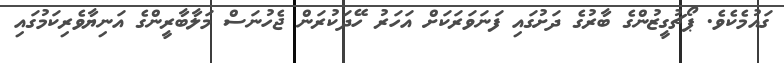
ގައުމެކެވެ. ޕޯޗުގީޒުންގެ ބާރުގެ ދަށުގައި ފަނަވަރަކަށް އަހަރު ހޭދަކުރަން ޖެހުނަސް މަލާބާރީންގެ އަނިޔާވެރިކަމުގައި